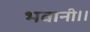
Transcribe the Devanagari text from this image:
भवानी।।